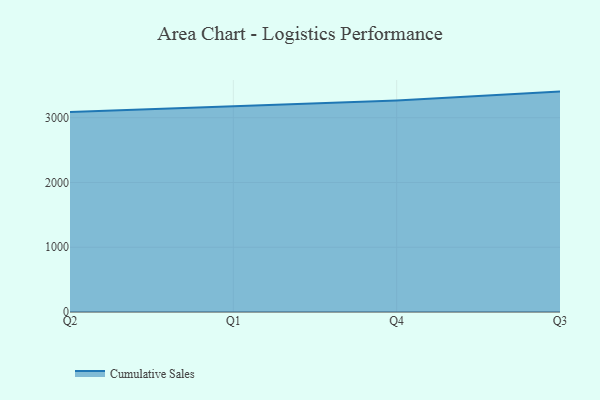
{"axis": {"x": "Quarter", "y": "Revenue (USD Million)"}, "legend": ["Cumulative Sales"], "data": [{"x": "Q2", "y": 3089.0, "type": "Cumulative Sales"}, {"x": "Q1", "y": 3179.5, "type": "Cumulative Sales"}, {"x": "Q4", "y": 3266.3, "type": "Cumulative Sales"}, {"x": "Q3", "y": 3403.1, "type": "Cumulative Sales"}]}